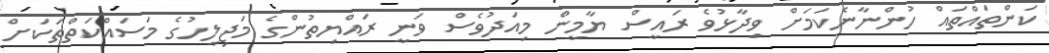
ކަންތައްތައް ހުންނާނެކަމަށް ވިދާޅުވެ ރައީސް ޔާމީން މިއަދުވެސް ވަނީ ރައްޔިތުންގެ މަޖިލީހުގެ މަސައްކަތްތަކަށް